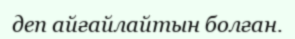
деп айғайлайтын болған.